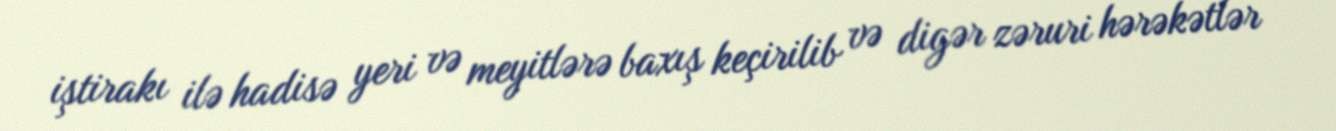
iştirakı ilə hadisə yeri və meyitlərə baxış keçirilib və digər zəruri hərəkətlər